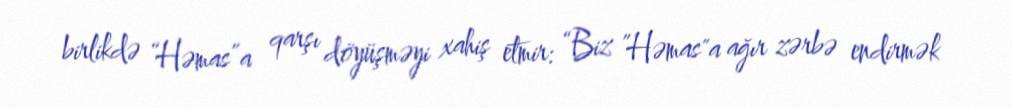
birlikdə “Həmas”a qarşı döyüşməyi xahiş etmir: “Biz ”Həmas"a ağır zərbə endirmək